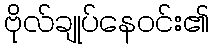
ဗိုလ်ချုပ်နေဝင်း၏